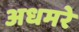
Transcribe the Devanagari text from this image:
अधमरे